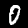
Digit: 0